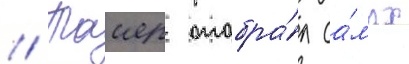
// Таиер отобра́л са́мых